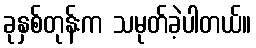
ခုနှစ်တုန်းက သမုတ်ခဲ့ပါတယ်။